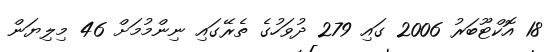
18 އޮކްޓޫބަރު 2006 ގައި 279 ދުވަހުގެ ތެރޭގައި ނިންމުމަށް 46 މިލިޔަން